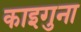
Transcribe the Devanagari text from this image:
काइगुना